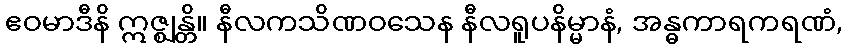
ဧဝမာဒီနိ ဣဇ္ဈန္တိ။ နီလကသိဏဝသေန နီလရူပနိမ္မာနံ, အန္ဓကာရကရဏံ,